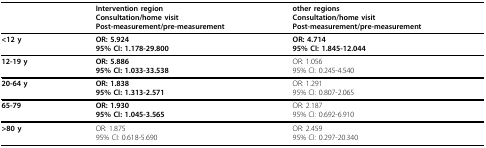
<table><thead><tr><td></td><td><b>Intervention regionConsultation/home visitPost-measurement/pre-measurement</b></td><td><b>other regionsConsultation/home visitPost-measurement/pre-measurement</b></td></tr></thead><tbody><tr><td><b>&lt;12 y</b></td><td><b>OR: 5.924</b><b>95% CI: 1.178-29.800</b></td><td><b>OR: 4.714</b><b>95% CI: 1.845-12.044</b></td></tr><tr><td><b>12-19 y</b></td><td><b>OR: 5.886</b><b>95% CI: 1.033-33.538</b></td><td>OR: 1.05695% CI: 0.245-4.540</td></tr><tr><td><b>20-64 y</b></td><td><b>OR: 1.838</b><b>95% CI: 1.313-2.571</b></td><td>OR: 1.29195% CI: 0.807-2.065</td></tr><tr><td><b>65-79</b></td><td><b>OR: 1.930</b><b>95% CI: 1.045-3.565</b></td><td>OR: 2.18795% CI: 0.692-6.910</td></tr><tr><td><b>&gt;80 y</b></td><td>OR: 1.87595% CI: 0.618-5.690</td><td>OR: 2.45995% CI: 0.297-20.340</td></tr></tbody></table>